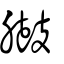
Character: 臌